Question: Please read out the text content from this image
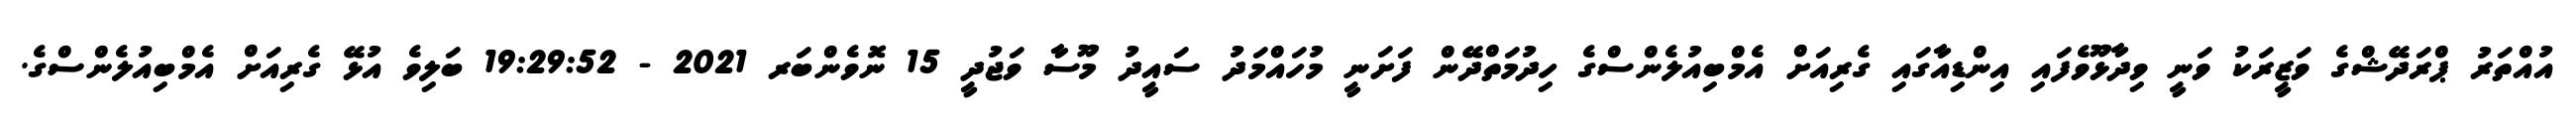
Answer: އުއްތަރު ޕްރަދޭޝްގެ ވަޒީރަކު ވަނީ ވިދާޅޫވެފައި އިންޑިއާގައި ގެރިއަށް އެމްބިއުލެންސްގެ ހިދުމަތްދޭން ފަށަނީ މުހައްމަދު ސައީދު މޫސާ ވަޖުދީ 15 ނޮވެންބަރ 2021 - 19:29:52 ބަލިވެ އުޅޭ ގެރިއަށް އެމްބިއުލެންސްގެ.